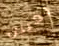
تعيين